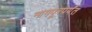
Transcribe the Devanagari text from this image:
नागपूरपर्यंत